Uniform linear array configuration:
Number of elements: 48
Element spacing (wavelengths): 1
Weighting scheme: binomial
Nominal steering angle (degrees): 30
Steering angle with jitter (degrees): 29.109
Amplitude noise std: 0.05
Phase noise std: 0.05

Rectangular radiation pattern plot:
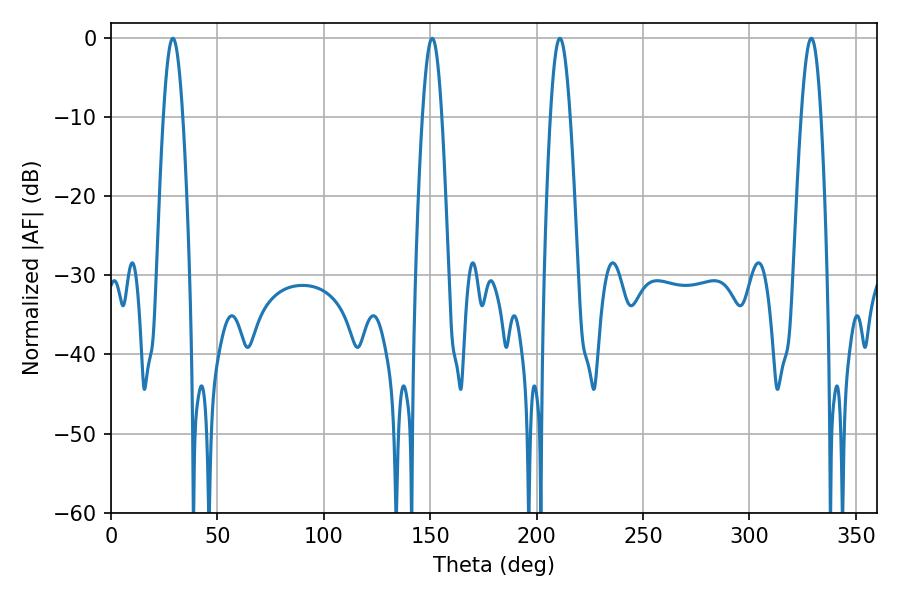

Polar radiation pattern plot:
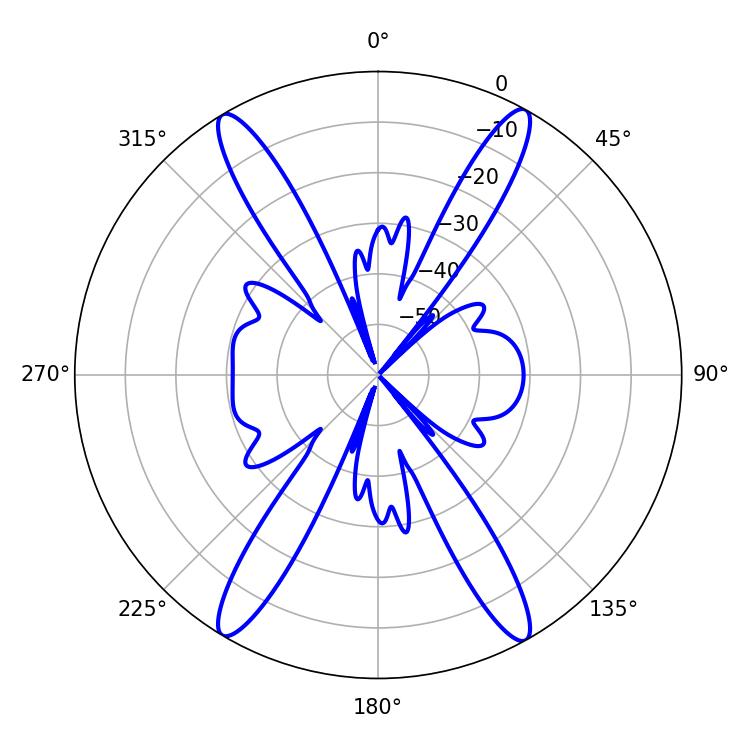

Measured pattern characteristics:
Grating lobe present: TRUE
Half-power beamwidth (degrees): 5.04
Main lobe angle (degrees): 210.96